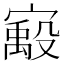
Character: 𫴈